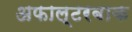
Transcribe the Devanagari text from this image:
अफाल्टरबाक